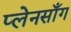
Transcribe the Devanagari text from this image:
प्लेनसाँग